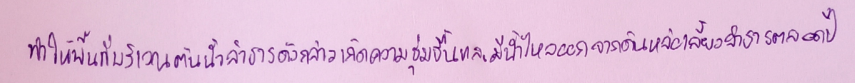
ทำให้พื้นที่บริเวณต้นน้ำลำธารดังกล่าวเกิดความชุ่มชื้นและมีน้ำไหลออกจากดินหล่อเลี้ยงลำธารตลอดปี